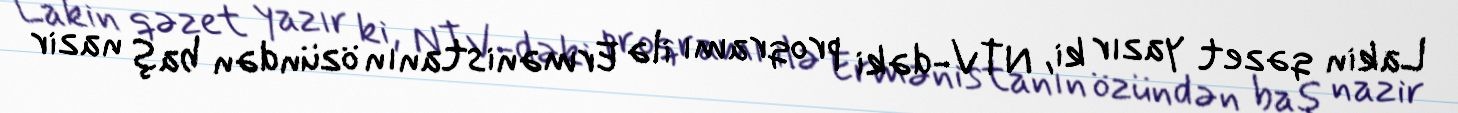
Lakin qəzet yazır ki, NTV-dəki proqramı ilə Ermənistanın özündən baş nazir